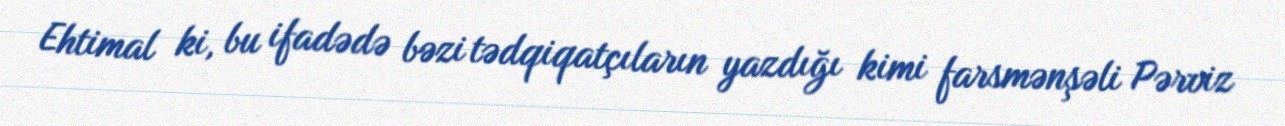
Ehtimal ki, bu ifadədə bəzi tədqiqatçıların yazdığı kimi farsmənşəli Pərviz